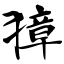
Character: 獐